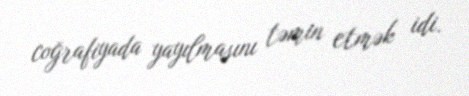
coğrafiyada yayılmasını təmin etmək idi.